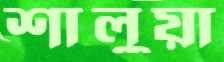
শালুয়া